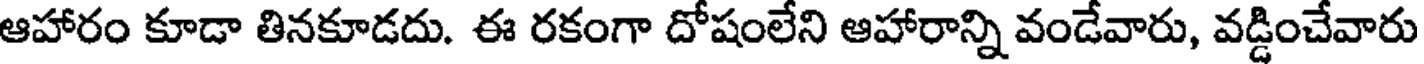
ఆహారం కూడా తినకూడదు. ఈ రకంగా దోషంలేని ఆహారాన్ని వండేవారు, వడ్డించేవారు